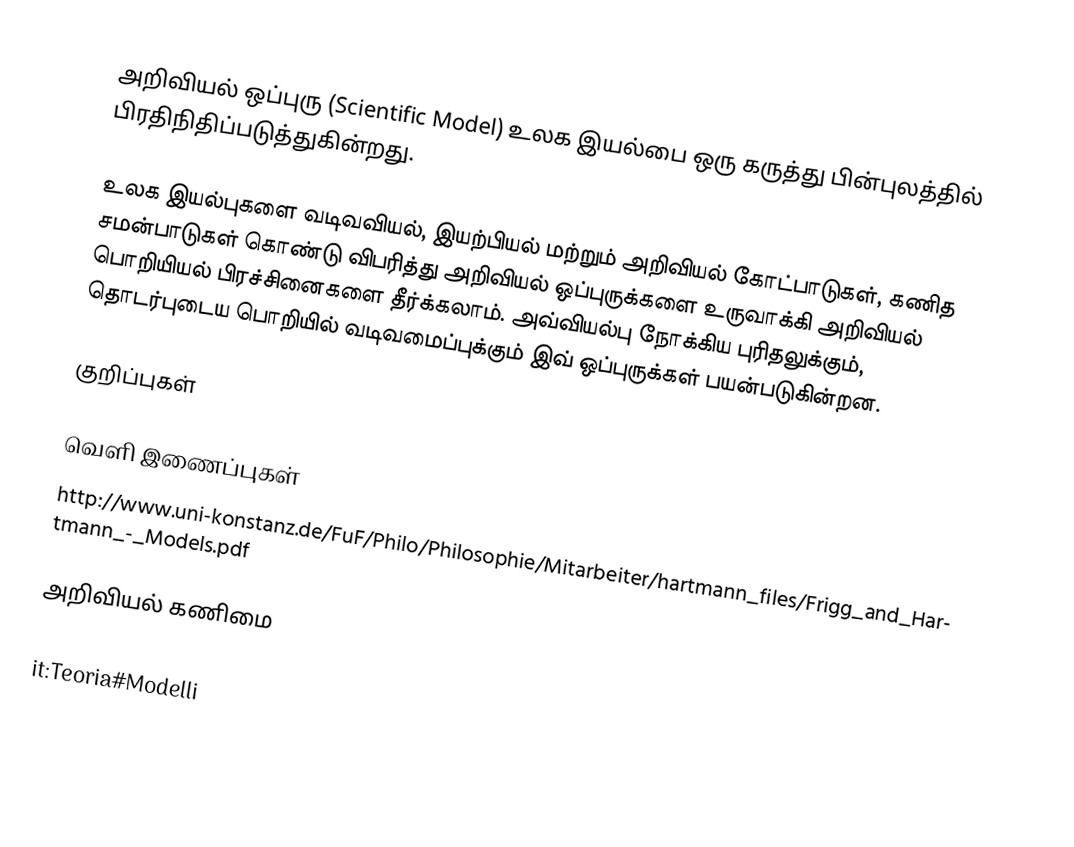
அறிவியல் ஒப்புரு (Scientific Model) உலக இயல்பை ஒரு கருத்து பின்புலத்தில் பிரதிநிதிப்படுத்துகின்றது.

உலக இயல்புகளை  வடிவவியல், இயற்பியல் மற்றும் அறிவியல் கோட்பாடுகள், கணித சமன்பாடுகள் கொண்டு விபரித்து அறிவியல் ஒப்புருக்களை உருவாக்கி அறிவியல் பொறியியல் பிரச்சினைகளை தீர்க்கலாம்.  அவ்வியல்பு நோக்கிய புரிதலுக்கும், தொடர்புடைய பொறியில் வடிவமைப்புக்கும் இவ் ஒப்புருக்கள் பயன்படுகின்றன.

குறிப்புகள்

வெளி இணைப்புகள்
 http://www.uni-konstanz.de/FuF/Philo/Philosophie/Mitarbeiter/hartmann_files/Frigg_and_Hartmann_-_Models.pdf

அறிவியல் கணிமை

it:Teoria#Modelli